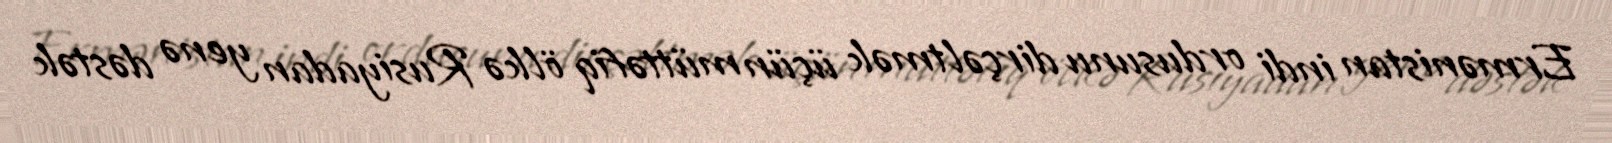
Ermənistan indi ordusunu dirçəltmək üçün müttəfiq ölkə Rusiyadan yenə dəstək